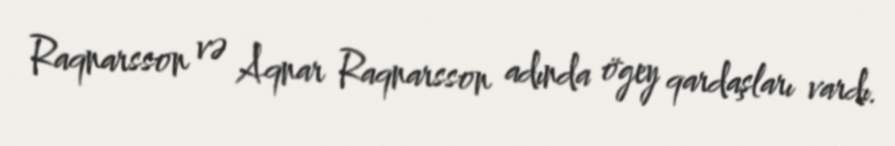
Raqnarsson və Aqnar Raqnarsson adında ögey qardaşları vardı.